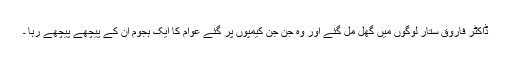
ڈاکٹر فاروق ستار لوگوں میں گھل مل گئے اور وہ جن جن کیمپوں پر گئے عوام کا ایک ہجوم ان کے پیچھے پیچھے رہا ۔